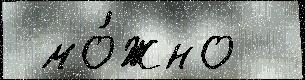
 мо́жно